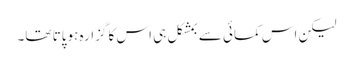
لیکن اس کمائی سے بمشکل ہی اس کا گزارہ ہوپاتا تھا۔